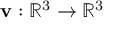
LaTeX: \mathbf { v } : \mathbb { R } ^ { 3 } \to \mathbb { R } ^ { 3 }